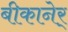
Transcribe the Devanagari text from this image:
बीकानेर्